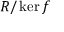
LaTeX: R / \ker f